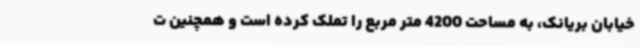
خیابان بریانک، به مساحت 4200 متر مربع را تملک کرده است و همچنین ت